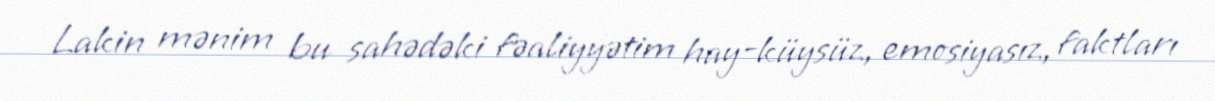
Lakin mənim bu sahədəki fəaliyyətim hay-küysüz, emosiyasız, faktları